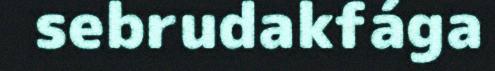
sebrudakfága